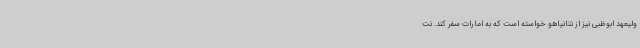
ولیعهد ابوظبی نیز از نتانیاهو خواسته است که به امارات سفر کند. نت